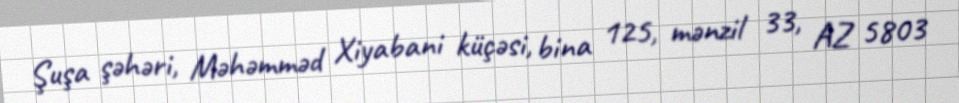
Şuşa şəhəri, Məhəmməd Xiyabani küçəsi, bina 125, mənzil 33, AZ 5803